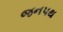
જનપથ